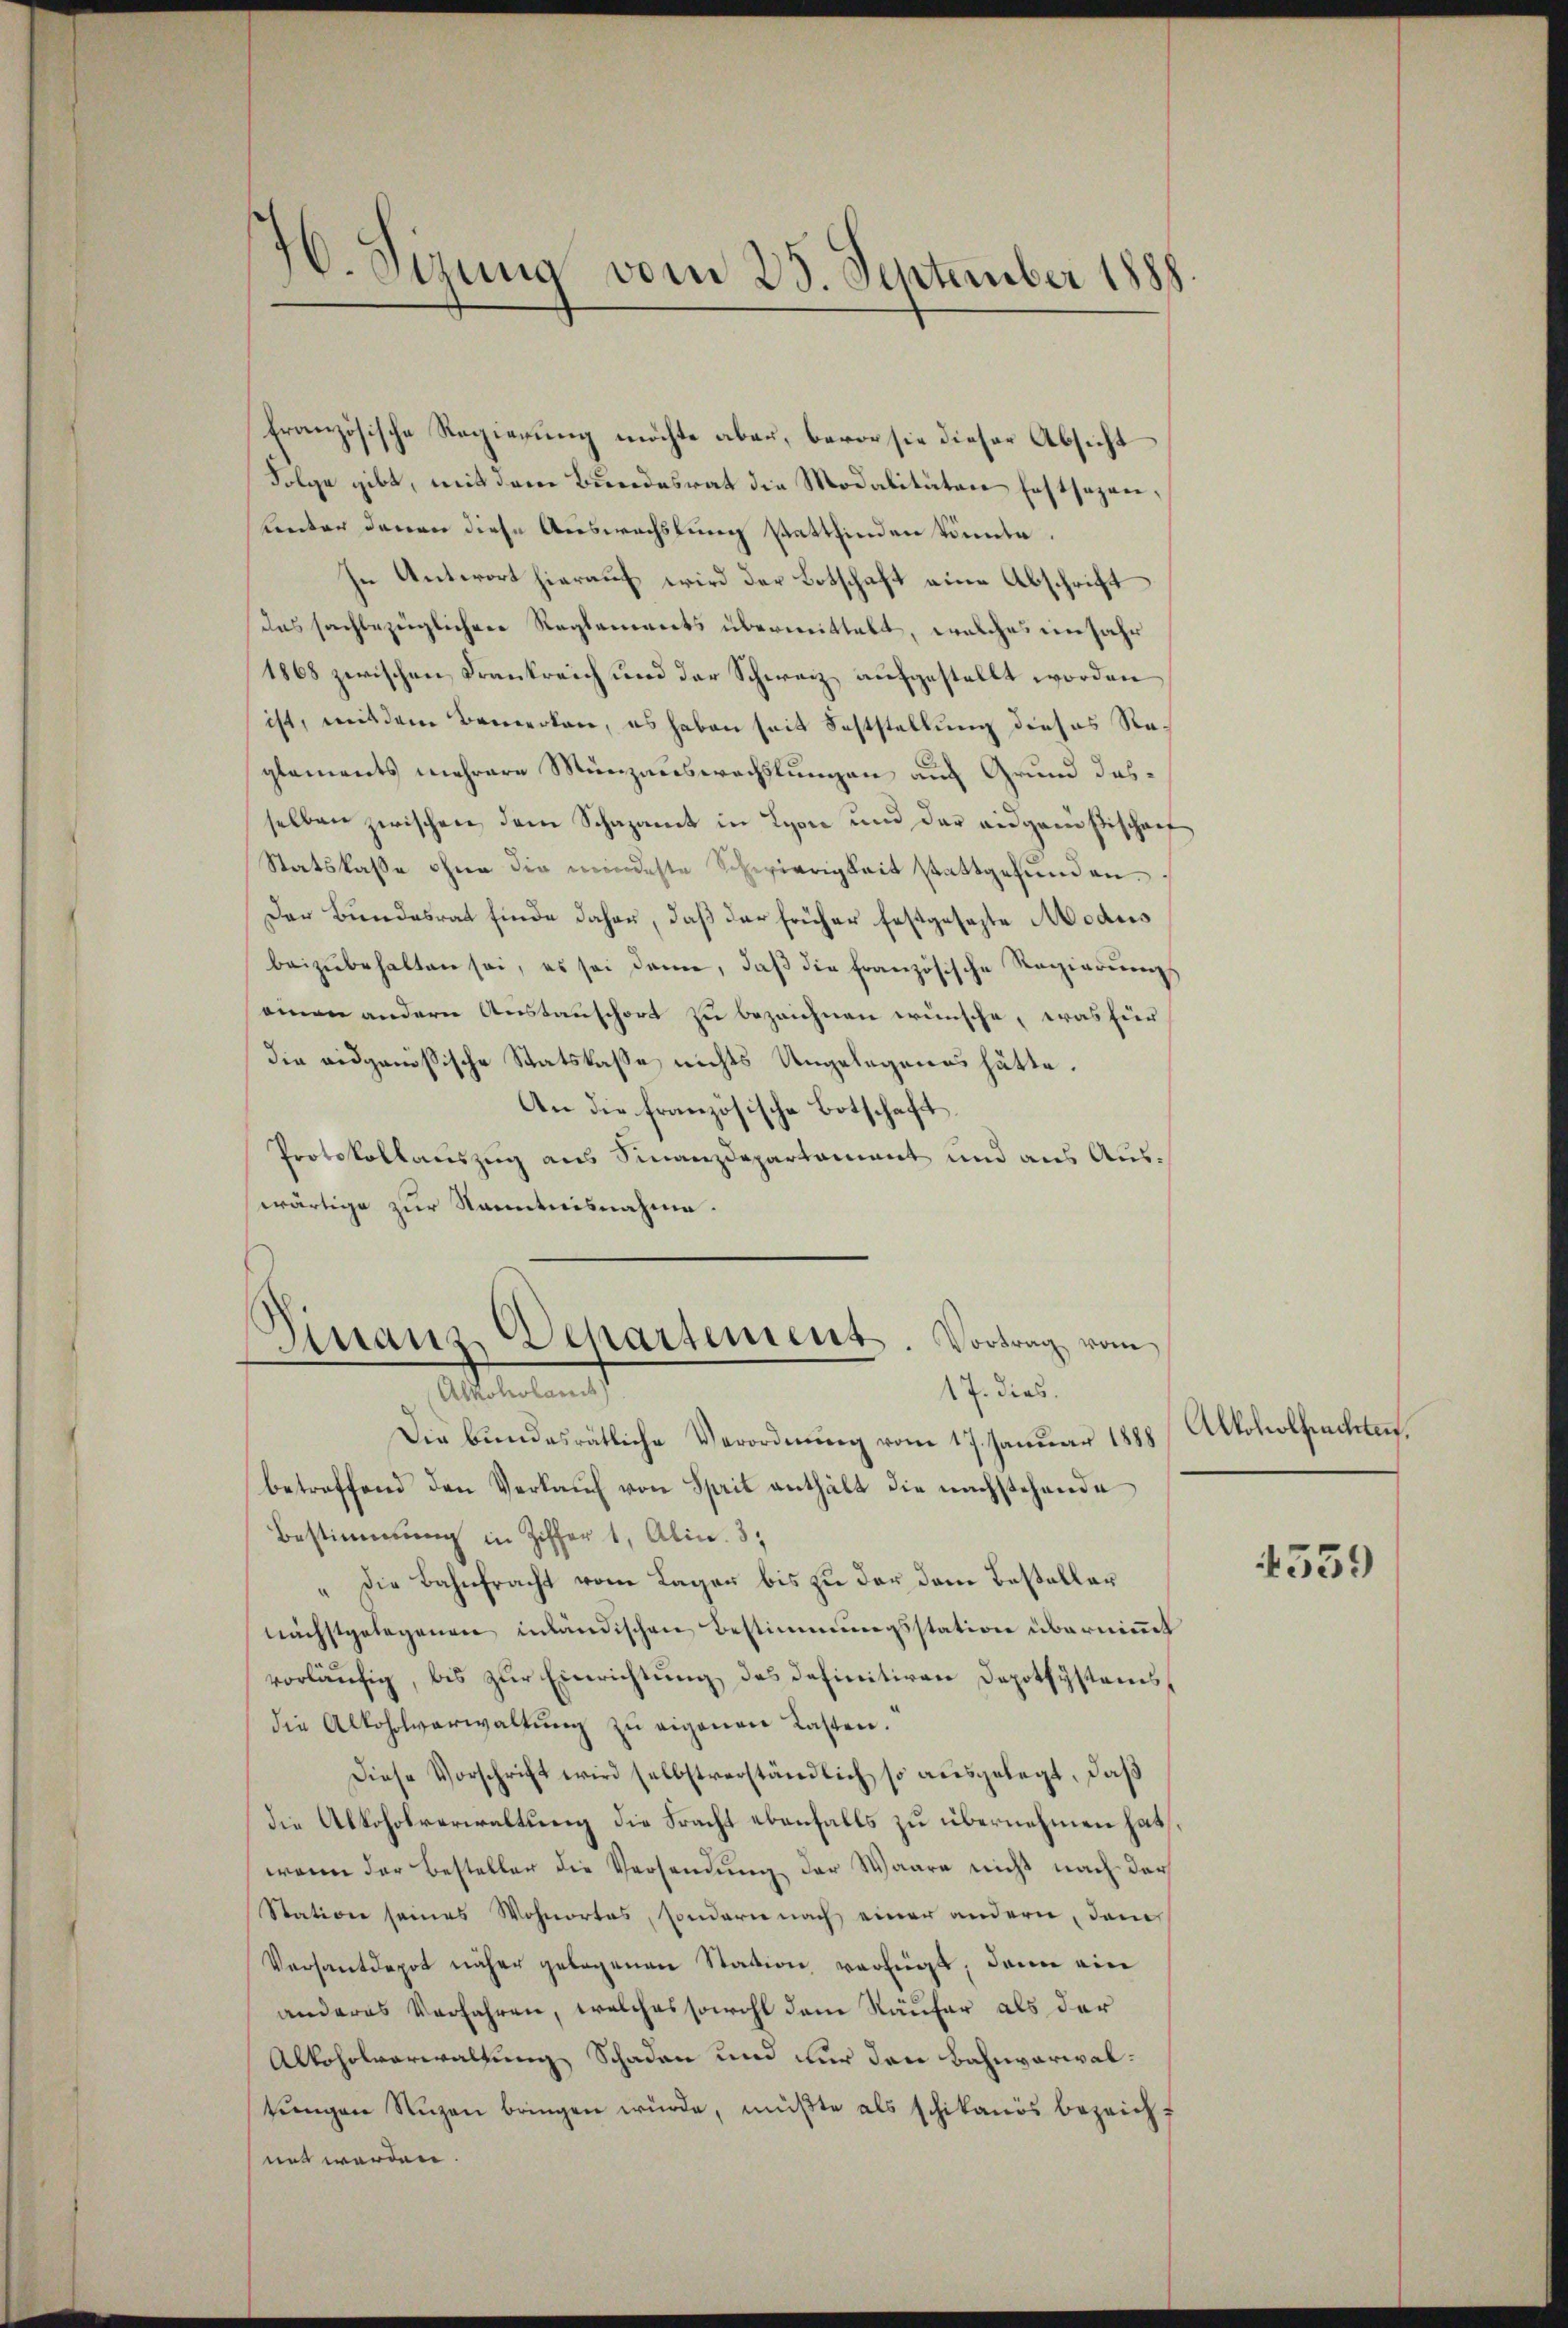
16. Sizung vom 25. September 1888

Französische Regierung möchte aber, bevor sie dieser Absicht
Folge gibt, mit dem Bundesrat die Modalitäten festsezenunter denen diese Auswachslung stattfinden könnte.
In Antwort hierauf wird der Botschaft eine Abschrift
das sachbezüglichen Reglements übermittelt, welches ein Jahr
1868 zwischen Frankreich und der Schweiz aufgestellt worden
ist, mit dem Bemerken, es haben seit Feststellung dieses Reglements mehrere Münzauswechslungen auf Grund dasselben zwischen dem Schazamt in Lyon und der eidgenößischaf
Statskasse ohne die wirdeste Schwierigkeit stattgefunden.
Der Bundesrat finde daher, daß der früher festgesezte Modus
beizŭbehalten sei, es sei dann, daβ die französische Regierungs
ainen andern Austauschort zu bezeichnen wünsche, was für
die eidgenößische Statskasse nichts Ungelegenes hätte.
An die französische Botschaft
Protokollauszug aus Finanzdepartament und aus Auswärtige zur Kenntnisnahme.
Dissans Departement. Vortrag vom
Alkoholan
17. dies.
Die bundesrätliche Verordnung vom 17. Januar 1888
betreffend den Verkauf von Sprit enthält die nachstehende
Bestimmung in Ziffer 1, Alin. 3.
" die Bahnfracht vom Lager bis zu der dem Basellar
nächstgelegenen inländischen Bestimmungsstation übernimmt
vorläufig, bis zur Einrichtung des definitiven Depotsystems,
die Alkoholverwaltŭng zŭ eigenen Lasten.
Diese Vorschricht wird selbstverständlich so ausgelegt, daß
die Alkoholverwaltung die Fracht ebenfalls zu übernehmen hat,
wenn der Besteller die Versendung der Waare nicht nach der
Station seines Wohnortes, sondern nach einer andern, dem
Versant depot näher gelegenen Station verfügt, dann ein
anderes Verfahren, welches sowohl dem Käufer als der
Alkoholverwaltung Schaden und nur den Bahnverwaltungen Nuzen bringen würde, müßte als schikanis bezeicht
net werden.

Alkoholfechten.

4559